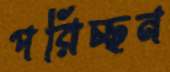
পরিচ্ছন